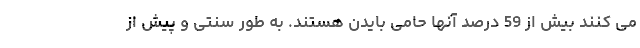
می کنند بیش از 59 درصد آنها حامی بایدن هستند. به طور سنتی و پیش از